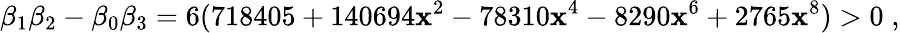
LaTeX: \beta_{1}\beta_{2}-\beta_{0}\beta_{3}=6(718405+140694\mathbf{x}^{2}-78310\mathbf{x}^{4}-8290\mathbf{x}^{6}+2765\mathbf{x}^{8})>0\; ,